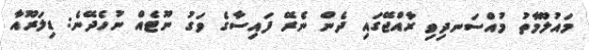
މައުލޫމާތު މުއްސަނދިވި ރާއްޖޭގައި ދެން ނެރޭ ފައިސާގެ ވަގު ނޫޓެއް ނުހެދޭނެ: ޑިލަރޫއާ